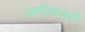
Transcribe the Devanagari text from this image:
ध्वनिमंजरी